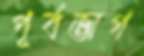
পূর্বভাগ